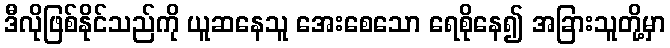
ဒီလိုဖြစ်နိုင်သည်ကို ယူဆနေသူ အေးစေသော ရေစိုနေ၍ အခြားသူတို့မှာ